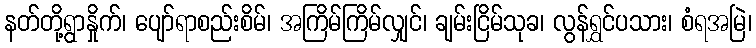
နတ်တို့ရွာနှိုက်၊ ပျော်ရာစည်းစိမ်၊ အကြိမ်ကြိမ်လျှင်၊ ချမ်းငြိမ်သုခ၊ လွန်ရွှင်ပသား၊ စံရအမြဲ၊